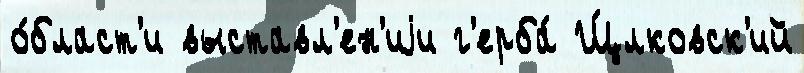
о́бласт'и выставл'ен'иjи г'ерба́ Щ́лковск'ий